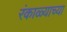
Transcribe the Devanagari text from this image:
रंकाळ्याच्या